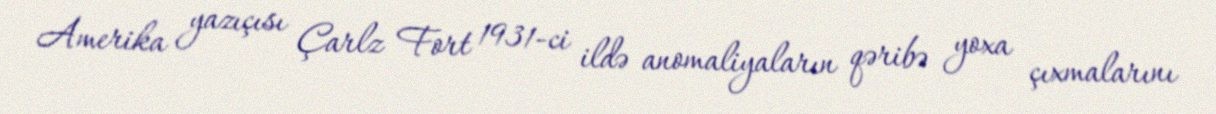
Amerika yazıçısı Çarlz Fort 1931-ci ildə anomaliyaların qəribə yoxa çıxmalarını